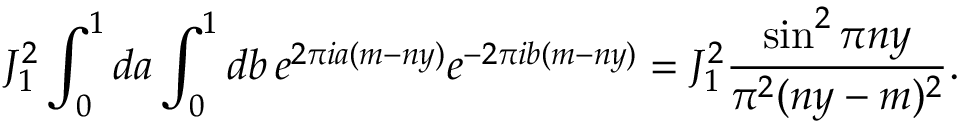
J _ { 1 } ^ { 2 } \int _ { 0 } ^ { 1 } d a \int _ { 0 } ^ { 1 } d b \, e ^ { 2 \pi i a ( m - n y ) } e ^ { - 2 \pi i b ( m - n y ) } = J _ { 1 } ^ { 2 } \frac { \sin ^ { 2 } \pi n y } { \pi ^ { 2 } ( n y - m ) ^ { 2 } } .